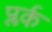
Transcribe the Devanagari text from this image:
प्लर्क